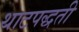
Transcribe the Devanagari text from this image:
थाटपद्धती